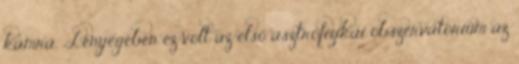
kamra. „Lényegében ez volt az első asztrofizikai obszervatórium az